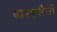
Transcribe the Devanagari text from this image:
बारह्सैनी